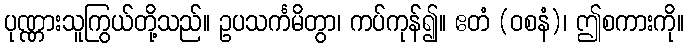
ပုဏ္ဏားသူကြွယ်တို့သည်။ ဥပသင်္ကမိတွာ၊ ကပ်ကုန်၍။ ဧတံ (ဝစနံ)၊ ဤစကားကို။